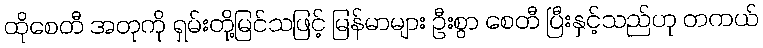
ထိုစေတီ အတုကို ရှမ်းတို့မြင်သဖြင့် မြန်မာများ ဦးစွာ စေတီ ပြီးနှင့်သည်ဟု တကယ်